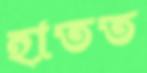
হাতত